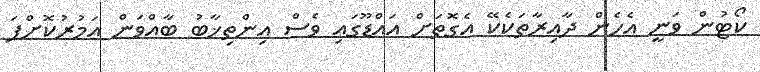
ކޯޓުން ވަނީ އެހެން ދާއިރާތަކެކޭ އެގޮތަށް އައްޑޫގައި ވެސް އިންތިޚާބު ބާއްވަން އަމުރުކޮށްފަ